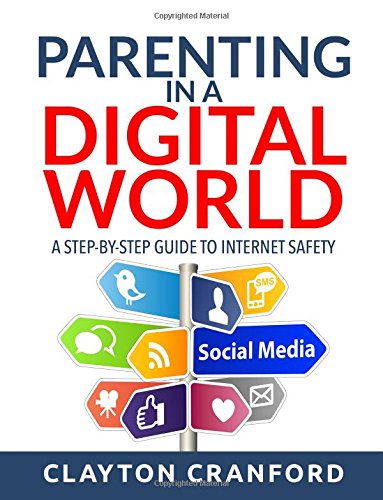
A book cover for Parenting in the Digital World: A Step-by-Step Guide to Internet Safety; Clayton Cranford; Computers & Technology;